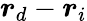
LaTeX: \boldsymbol{r}_{d}-\boldsymbol{r}_{i}